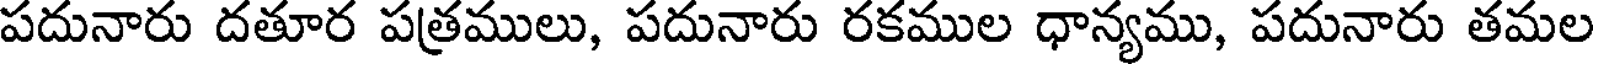
పదునారు దతూర పత్రములు, పదునారు రకముల ధాన్యము, పదునారు తమల